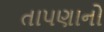
તાપણાનો